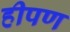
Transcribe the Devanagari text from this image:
हीपण